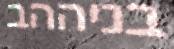
בניההב